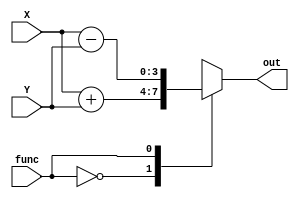
module ULA(func, X,Y, out);
input wire [3:0] X,Y;
input wire func;
output reg [3:0] out;

parameter ADD = 1'b0;
parameter SUB = 1'b1;

always begin 
	case(func)
		ADD: 
			out <= (X + Y);
		SUB:
			out <= (X - Y);
	endcase
end

endmodule